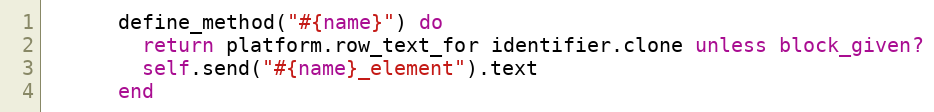
Language: Ruby
      define_method("#{name}") do
        return platform.row_text_for identifier.clone unless block_given?
        self.send("#{name}_element").text
      end